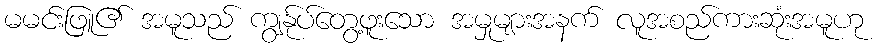
မမင်းဖြူ၏ အမူသည် ကျွန်ုပ်တွေ့ဖူးသော အမှုများအနက် လူအစည်ကားဆုံးအမူဟု